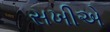
સખીએ